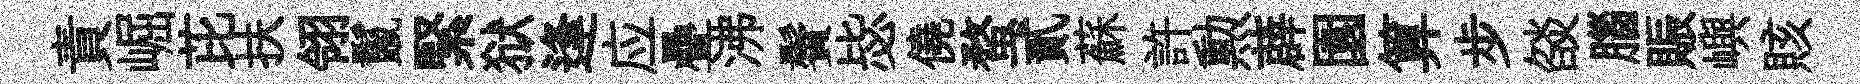
責崛芘扶翎鬣緊狱逢应疊沸鬢毖僥蝥貳蘇許勲薜園算步燄腦賑嶼賅